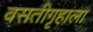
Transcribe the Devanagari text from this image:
वसतीगृहाला